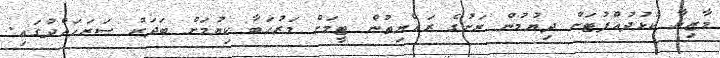
މާޒިޔާ ކުޅުދުއްފުޓަށް ދިޔުމުން ރަށުގެ ރައްޔިތުން ޓީމަށް މަރުހަބާ ކިޔުމަށް ބަދަރު ސަރަހައްދުގައި.